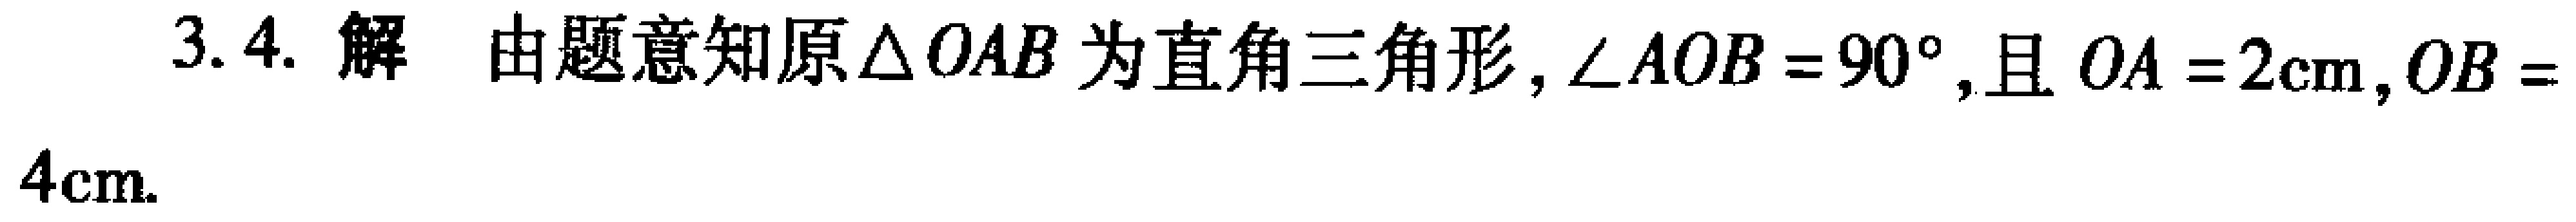
3.4. 解 由题意知原$\triangle OAB$为直角三角形, $\angle AOB = 90^{\circ}$,且$OA = 2\mathrm{cm}$, $OB = 4\mathrm{cm}$.